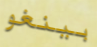
بينغو